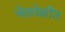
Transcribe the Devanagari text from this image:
चेतापेशींत